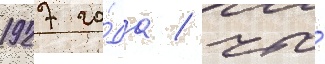
1927 го́да / что́